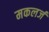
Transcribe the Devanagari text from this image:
मकलर्ज